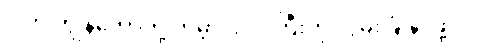
ဒါက ကျွန်တော်တို့ ကမ္ဘာဂြိုလ်ကြီးကို လွမ်းခြုံနိုင်ဖို့ပါပဲ။